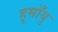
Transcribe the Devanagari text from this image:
हूमाँयु